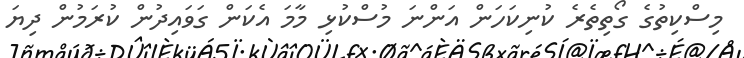
މިސްކިތުގެ ގޯތިތެރެ ކުނިކަހަން އަންނަ މުސްކުޅި މާމަ އެކަން ގަވައިދުން ކުރަމުން ދިޔަ